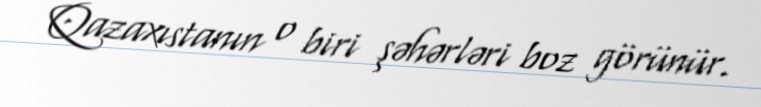
Qazaxıstanın o biri şəhərləri boz görünür.